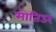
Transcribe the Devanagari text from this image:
मोतिउर